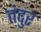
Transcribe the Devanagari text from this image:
तंदुर